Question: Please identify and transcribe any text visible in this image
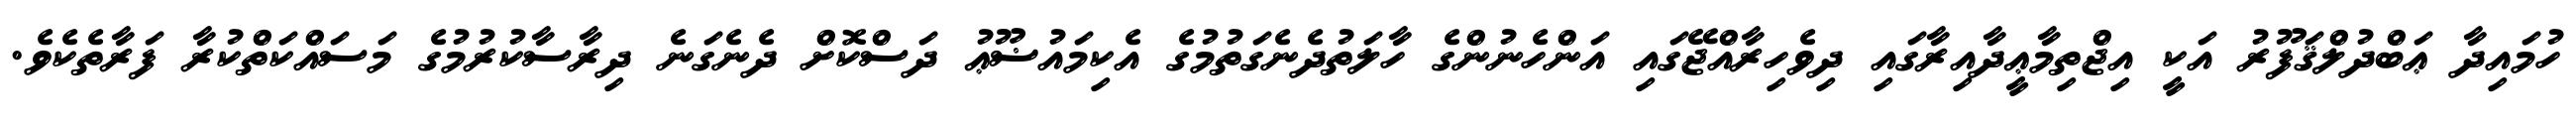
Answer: ހުމައިދާ ޢަބްދުލްޤަފޫރު އަކީ އިޖްތިމާޢީދާއިރާގައި ދިވެހިރާއްޖޭގައި އަންހެނުންގެ ހާލަތުދެނެގަތުމުގެ އެކިމައުޟޫޢު ދަސްކޮށް ދެނެގަނެ ދިރާސާކުރުމުގެ މަސައްކަތްކުރާ ފަރާތެކެވެ.